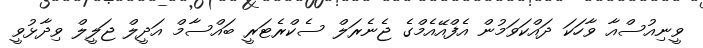
ވީނިއުސްއާ ވާހަކަ ދައްކަވަމުން އެފްއޭއެމްގެ ޖެނެރަލް ސެކްރެޓަރީ ބައްސާމް އަދީލް ޖަލީލް ވިދާޅުވީ